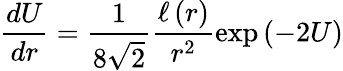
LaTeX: \frac{dU}{dr}=\frac{1}{8\sqrt{2}}\frac{\ell\left(r\right)}{r^{2}}\exp\left(-2U\right)